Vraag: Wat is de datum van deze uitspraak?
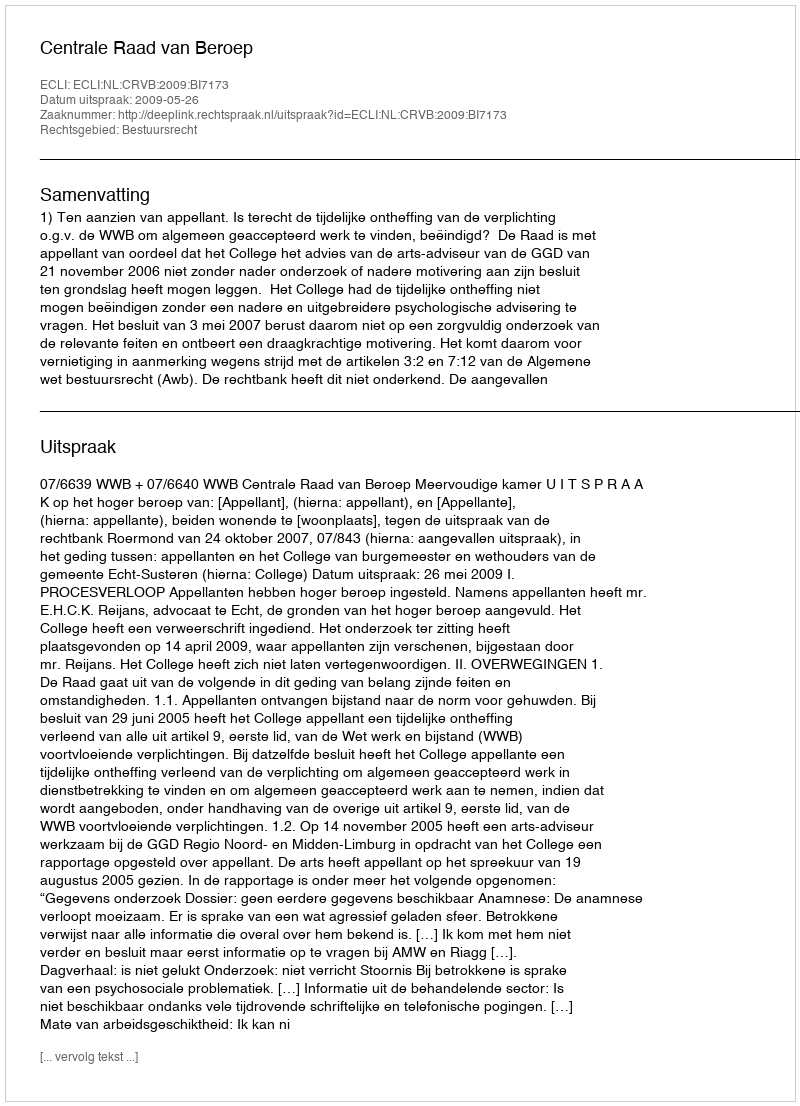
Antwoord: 2009-05-26